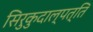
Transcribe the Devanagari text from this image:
सिरुकुदाल्पत्ति